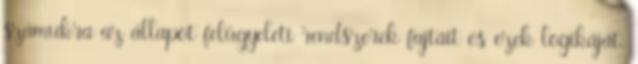
számukra az állapot felügyeleti rendszerek fajtáit és ezek logikáját.